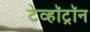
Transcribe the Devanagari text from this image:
टेव्हॉट्रॉन